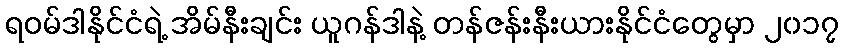
ရဝမ်ဒါနိုင်ငံရဲ့ အိမ်နီးချင်း ယူဂန်ဒါနဲ့ တန်ဇန်းနီးယားနိုင်ငံတွေမှာ ၂၀၁၇